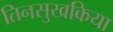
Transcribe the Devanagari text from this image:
तिनसुखकिया